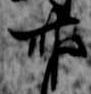
卅